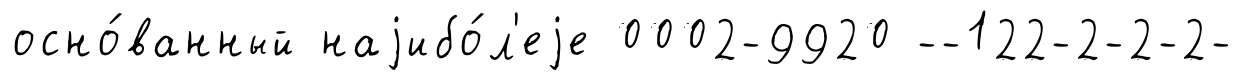
осно́ванный наjибо́л'еjе 0002-9920 --122-2-2-2-